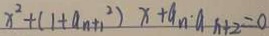
x ^ { 2 } + ( 1 + a _ { n + 1 } ^ { 2 } ) x + a _ { n } \cdot a _ { n + 2 } = 0